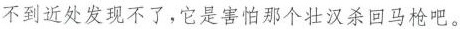
不到近处发现不了，它是害怕那个壮汉杀回马枪吧。